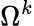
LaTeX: \Omega^{k}